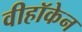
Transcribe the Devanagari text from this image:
वीहॉकेन